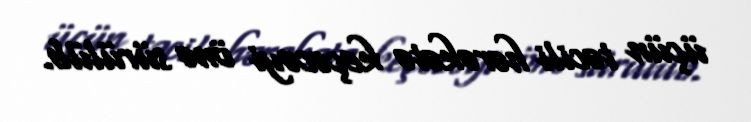
üçün təcili hərəkətə keçəcəyi önə sürülüb.